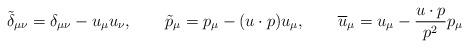
LaTeX: \begin{align*}\tilde{\delta}_{\mu\nu} = \delta_{\mu\nu} - u_{\mu}u_{\nu},\qquad\tilde{p}_{\mu} = p_{\mu} - (u\cdot p) u_{\mu},\qquad\overline{u}_{\mu} = u_{\mu} - \frac{u\cdot p}{p^{2}} p_{\mu}\end{align*}